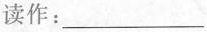
读作：___